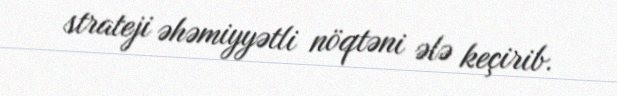
strateji əhəmiyyətli nöqtəni ələ keçirib.